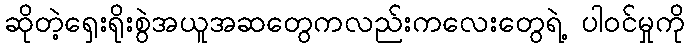
ဆိုတဲ့ရှေးရိုးစွဲအယူအဆတွေကလည်းကလေးတွေရဲ့ ပါဝင်မှုကို